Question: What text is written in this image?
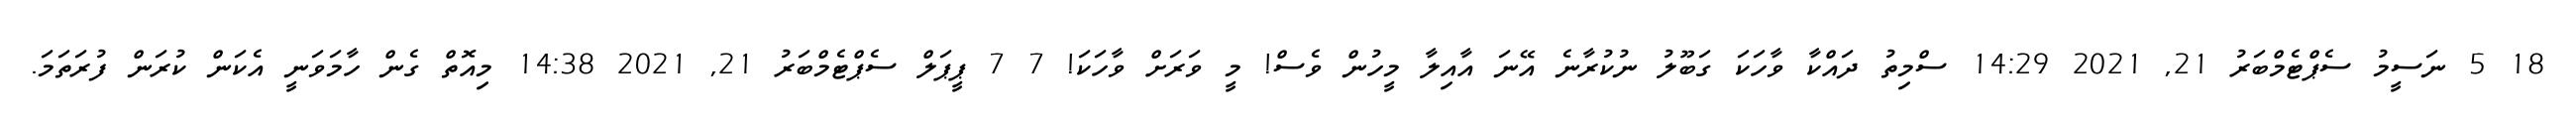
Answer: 18 5 ނަސީމު ސެޕްޓެމްބަރު 21, 2021 14:29 ސްމިތު ދައްކާ ވާހަކަ ގަބޫލު ނުކުރާނެ އޭނަ އާއިލާ މީހުން ވެސް! މީ ވަރަށް ވާހަކަ! 7 7 ޕީޕަލް ސެޕްޓެމްބަރު 21, 2021 14:38 މިއޮތް ގެން ހާމަވަނީ އެކަން ކުރަން ފުރަތަމަ.